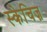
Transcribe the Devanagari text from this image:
स्केचिज़